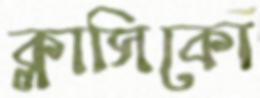
ক্লাসিকো